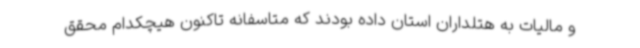
و مالیات به هتلداران استان داده بودند که متاسفانه تاکنون هیچکدام محقق